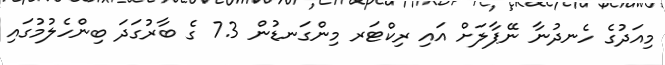
މިއަދުގެ ހެނދުނާ ނޭޕާލަށް އައި ރިކްޓަރ މިންގަނޑުން 7.3 ގެ ބާރުގަދަ ބިންހެލުމުގައި